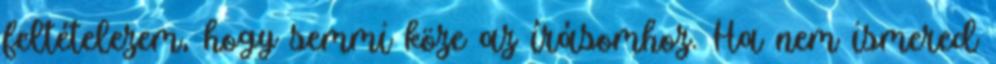
feltételezem, hogy semmi köze az írásomhoz. Ha nem ismered